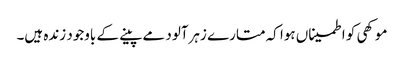
موکھی کو اطمیناں ہوا کہ متارے زہرآلود مے پینے کے باوجود زندہ ہیں۔